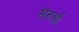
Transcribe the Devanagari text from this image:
सॆरुसी